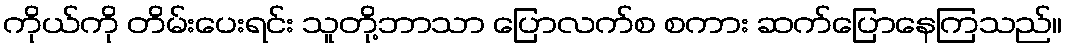
ကိုယ်ကို တိမ်းပေးရင်း သူတို့ဘာသာ ပြောလက်စ စကား ဆက်ပြောနေကြသည်။